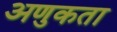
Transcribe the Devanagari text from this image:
अणुकता